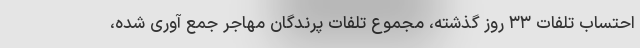
احتساب تلفات ۳۳ روز گذشته، مجموع تلفات پرندگان مهاجر جمع آوری شده،